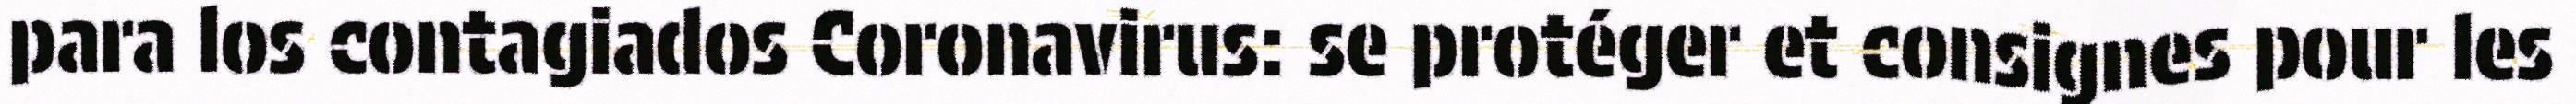
para los contagiados Coronavirus: se protéger et consignes pour les